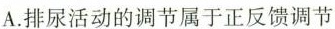
A.排尿活动的调节属于正反馈调节